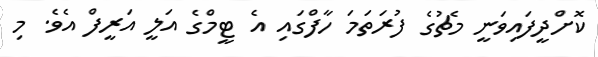
ކޮށްދީފައިވަނީ މެޗުގެ ފުރަތަމަ ހާފްގައި އެ ޓީމްގެ އަލީ އަރީފް އެވެ. މި